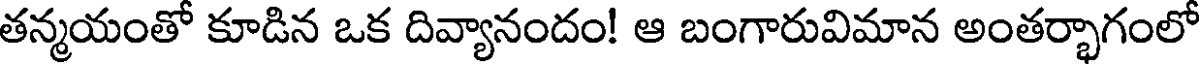
తన్మయంతో కూడిన ఒక దివ్యానందం! ఆ బంగారువిమాన అంతర్భాగంలో